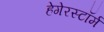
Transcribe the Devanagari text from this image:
हेगेरस्टॉर्म